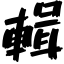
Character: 輯